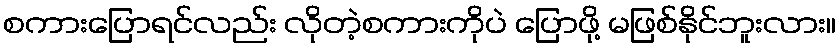
စကားပြောရင်လည်း လိုတဲ့စကားကိုပဲ ပြောဖို့ မဖြစ်နိုင်ဘူးလား။